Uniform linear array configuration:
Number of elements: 16
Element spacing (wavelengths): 1
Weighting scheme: cosine
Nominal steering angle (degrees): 30
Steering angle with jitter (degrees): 29.075
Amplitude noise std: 0.05
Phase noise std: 0.05

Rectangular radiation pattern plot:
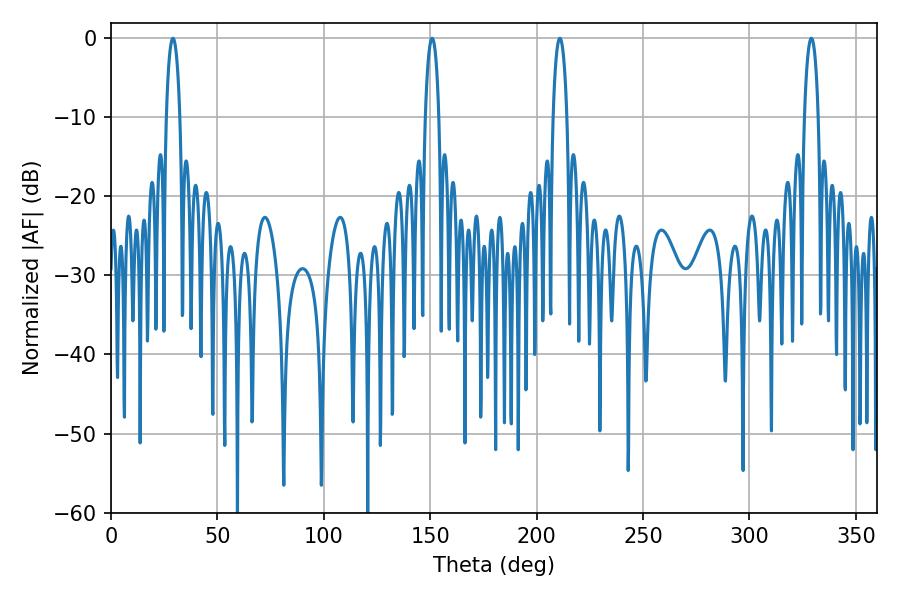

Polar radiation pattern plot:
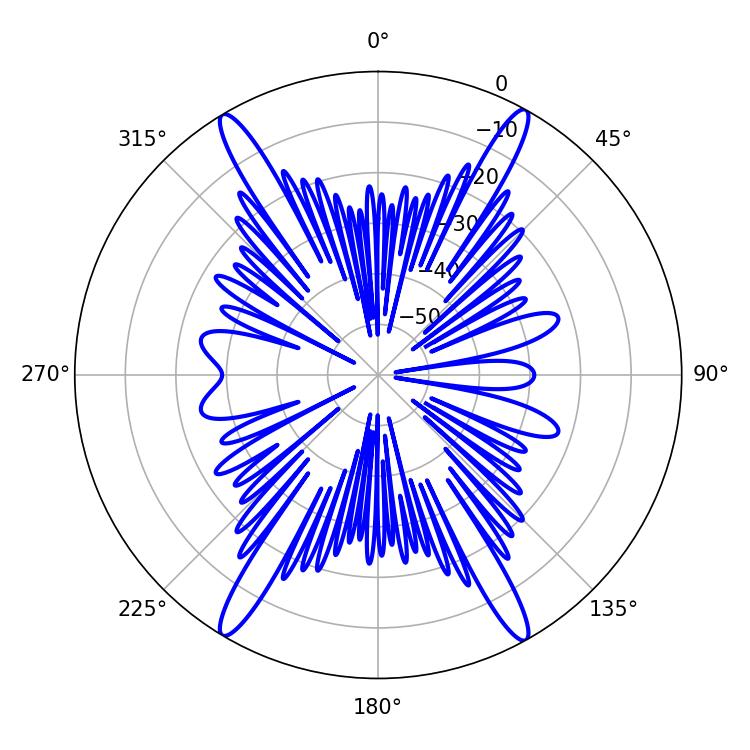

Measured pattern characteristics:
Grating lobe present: TRUE
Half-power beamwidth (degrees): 3.6
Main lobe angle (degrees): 329.04